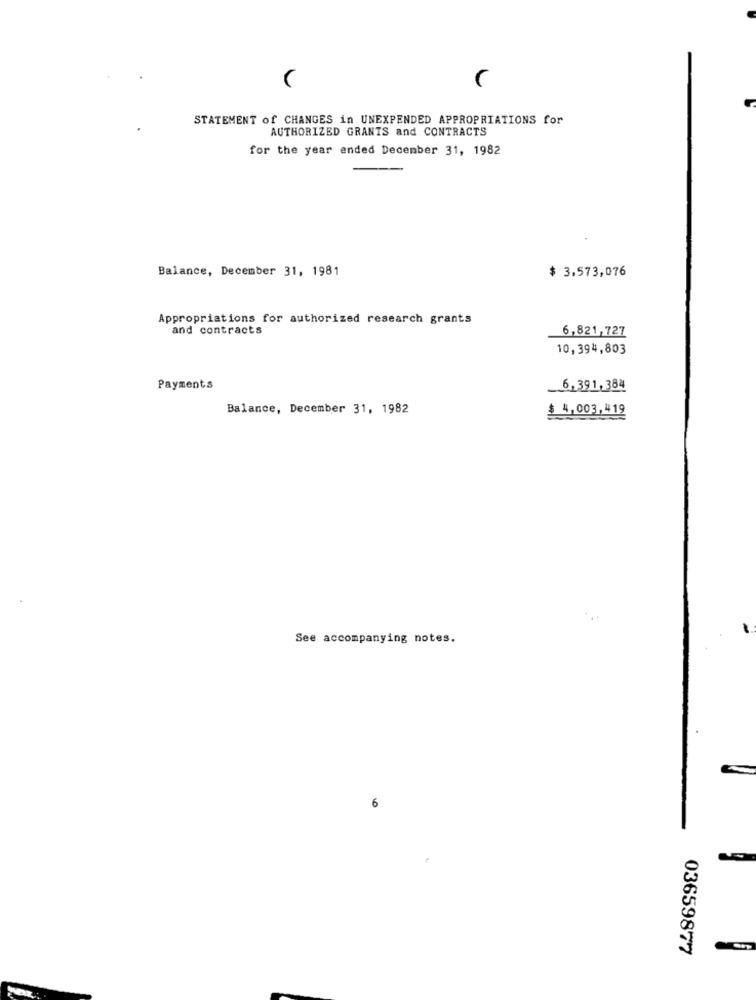
STATEMENT of CHANGES in UNEXPENDED APPROPRIATIONS for
AUTHORIZED GRANTS and CONTRACTS
for the year ended December 31, 1982
Balance, December 31, 1981
$ 3,573,076
Appropriations for authorized research grants
and contracts
6,821,727
10,394,803
Payments
6,391,384
Balance, December 31, 1982
$ 4,003,419
See accompanying notes.
6
03659877